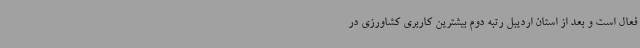
فعال است و بعد از استان اردیبل رتبه دوم بیشترین کاربری کشاورزی در